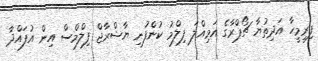
ފިރިމީހާ އަދިތުޔާ ޗޯޕްރާގެ އަމިއްލަ ފިލްމު ކުންފުނި ޔާޝްރާޖް ފިލްމްސް އިން އުފައްދާ